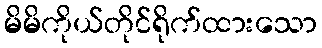
မိမိကိုယ်တိုင်ရိုက်ထားသော